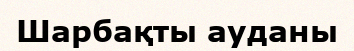
Шарбақты ауданы